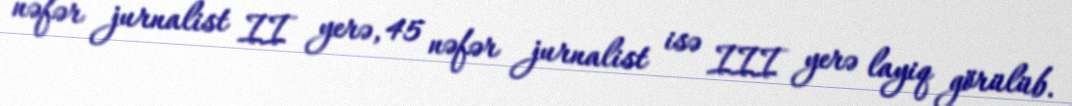
nəfər jurnalist II yerə, 45 nəfər jurnalist isə III yerə layiq görülüb.